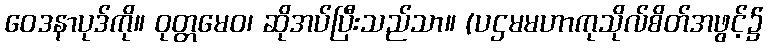
ဝေဒနာပုဒ်ကို။ ဝုတ္တမေဝ၊ ဆိုအပ်ပြီးသည်သာ။ (ပဌမမဟာကုသိုလ်စိတ်အဖွင့်၌